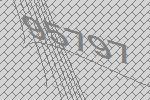
95797